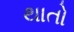
થાતો